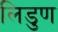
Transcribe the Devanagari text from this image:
लिडुण